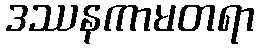
ဒဿနကာမတရာ